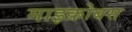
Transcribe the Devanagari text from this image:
माइक्रोबस